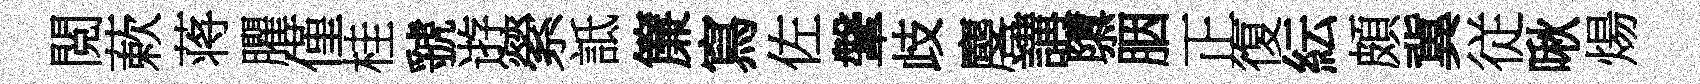
閲蔌蒋臞僅桂虢逰縈詆簾寫佐鞶歧麐講隳胭正復紜頗冀従啾煬